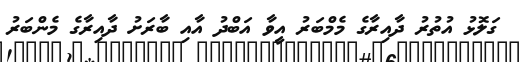
ގަލޮޅު އުތުރު ދާއިރާގެ މެމްބަރު އީވާ އަބްދު އާއި ބާރަށު ދާއިރާގެ މެންބަރު